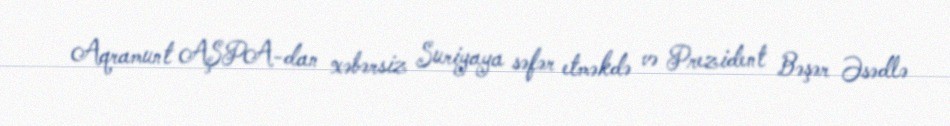
Aqramunt AŞPA-dan xəbərsiz Suriyaya səfər etməkdə və Prezident Bəşər Əsədlə